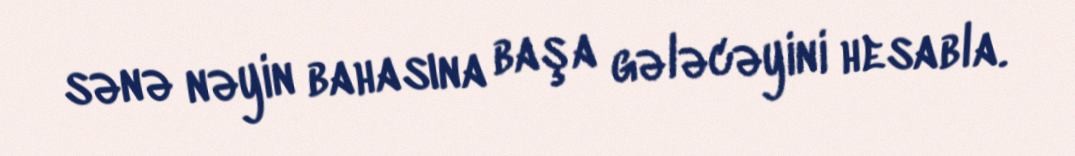
sənə nəyin bahasına başa gələcəyini hesabla.